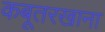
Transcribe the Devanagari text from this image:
कबूतरखाना